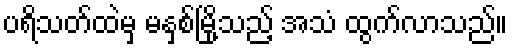
ပရိသတ်ထဲမှ မနှစ်မြို့သည့် အသံ ထွက်လာသည်။